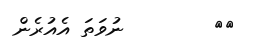
٣٤        ނުވަތަ އެއުރެން